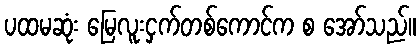
ပထမဆုံး မြေလူးငှက်တစ်ကောင်က စ အော်သည်။